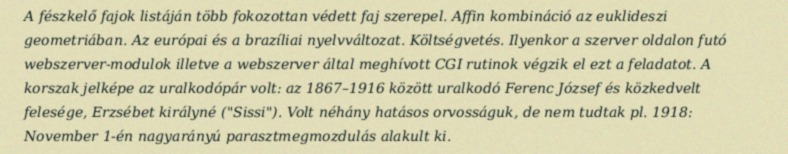
A fészkelő fajok listáján több fokozottan védett faj szerepel. Affin kombináció az euklideszi geometriában. Az európai és a brazíliai nyelvváltozat. Költségvetés. Ilyenkor a szerver oldalon futó webszerver-modulok illetve a webszerver által meghívott CGI rutinok végzik el ezt a feladatot. A korszak jelképe az uralkodópár volt: az 1867–1916 között uralkodó Ferenc József és közkedvelt felesége, Erzsébet királyné ("Sissi"). Volt néhány hatásos orvosságuk, de nem tudtak pl. 1918: November 1-én nagyarányú parasztmegmozdulás alakult ki.